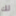
لك